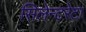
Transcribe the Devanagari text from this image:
सिलेन्टरेटा